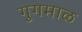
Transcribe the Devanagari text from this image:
गुगमाळ